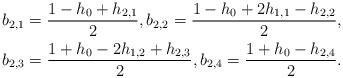
LaTeX: \begin{align*}b_{2,1} = \frac{1 - h_0 + h_{2,1}}{2} , b_{2,2} = \frac{1 - h_0 + 2 h_{1,1} - h_{2,2}}{2},\\b_{2,3} = \frac{1 + h_0 - 2 h_{1,2} + h_{2,3}}{2}, b_{2,4} = \frac{1 + h_0 - h_{2,4}}{2}. \end{align*}